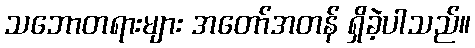
သဘောတရားများ အတော်အတန် ရှိခဲ့ပါသည်။